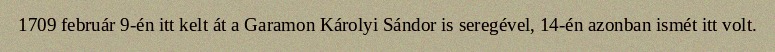
1709 február 9-én itt kelt át a Garamon Károlyi Sándor is seregével, 14-én azonban ismét itt volt.